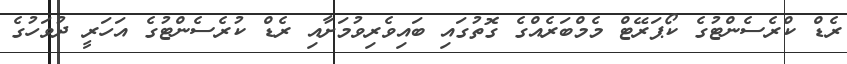
ރެޑް ކްރެސެންޓުގެ ކޯޕަރޭޓް މެމްބަރެއްގެ ގޮތުގައި ބައިވެރިވުމަށާއި ރެޑް ކުރެސެންޓުގެ އަހަރީ ދުވަހުގެ